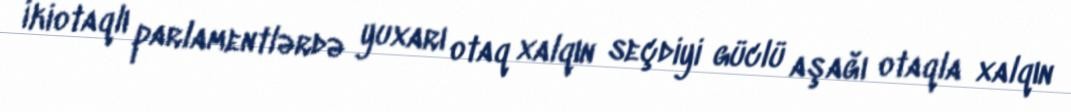
İkiotaqlı parlamentlərdə yuxarı otaq xalqın seçdiyi güclü aşağı otaqla xalqın